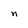
Character: n